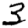
Digit: 3